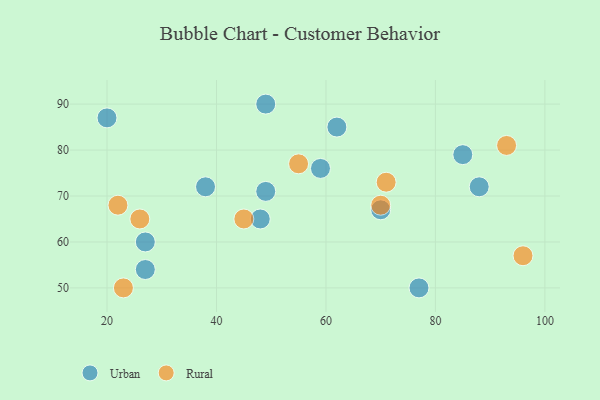
{"axis": {"x": "GDP", "y": "Life Expectancy"}, "legend": ["Rural", "Urban"], "data": [{"x": "70", "y": 67, "type": "Urban"}, {"x": "48", "y": 65, "type": "Urban"}, {"x": "77", "y": 50, "type": "Urban"}, {"x": "88", "y": 72, "type": "Urban"}, {"x": "59", "y": 76, "type": "Urban"}, {"x": "27", "y": 60, "type": "Urban"}, {"x": "49", "y": 71, "type": "Urban"}, {"x": "62", "y": 85, "type": "Urban"}, {"x": "49", "y": 90, "type": "Urban"}, {"x": "85", "y": 79, "type": "Urban"}, {"x": "20", "y": 87, "type": "Urban"}, {"x": "38", "y": 72, "type": "Urban"}, {"x": "27", "y": 54, "type": "Urban"}, {"x": "70", "y": 68, "type": "Rural"}, {"x": "45", "y": 65, "type": "Rural"}, {"x": "26", "y": 65, "type": "Rural"}, {"x": "96", "y": 57, "type": "Rural"}, {"x": "22", "y": 68, "type": "Rural"}, {"x": "93", "y": 81, "type": "Rural"}, {"x": "23", "y": 50, "type": "Rural"}, {"x": "55", "y": 77, "type": "Rural"}, {"x": "71", "y": 73, "type": "Rural"}]}